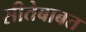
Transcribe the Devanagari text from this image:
सीतेबाबत